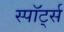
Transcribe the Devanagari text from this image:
स्पॉर्ट्स